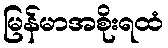
မြန်မာအစိုးရထံ